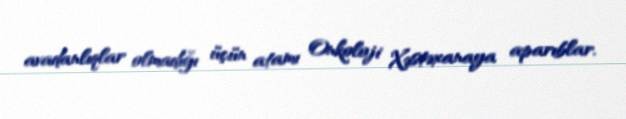
avadanlıqlar olmadığı üçün atamı Onkoloji Xəstəxanaya aparıblar.